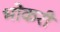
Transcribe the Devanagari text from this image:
भोकरी